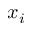
x _ { i }